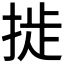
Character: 𫽉